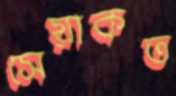
সেয়াকত